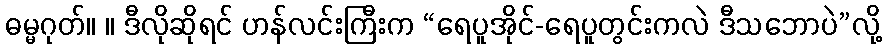
ဓမ္မဂုတ်။ ။ ဒီလိုဆိုရင် ဟန်လင်းကြီးက “ရေပူအိုင်-ရေပူတွင်းကလဲ ဒီသဘောပဲ”လို့